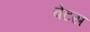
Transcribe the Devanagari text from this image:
वेटस